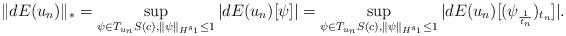
LaTeX: \begin{align*}\|dE(u_n)\|_*=\sup_{\psi \in T_{u_n}S(c), \|\psi\|_{H^{s_1}}\leq 1}|dE(u_n)[\psi]|=\sup_{\psi \in T_{u_n}S(c), \|\psi\|_{H^{s_1}}\leq 1}|dE(u_n)[(\psi_{\frac{1}{t_n}})_{t_n}]|.\end{align*}